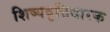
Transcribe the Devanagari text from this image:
शिष्यवृत्तिधारक